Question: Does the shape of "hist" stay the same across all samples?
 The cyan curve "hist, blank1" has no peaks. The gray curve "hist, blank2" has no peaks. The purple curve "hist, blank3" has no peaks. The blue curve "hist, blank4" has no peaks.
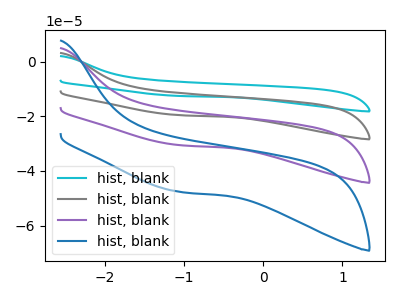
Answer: <think>Neither "hist, blank1" or "hist, blank2" have any peaks. Neither "hist, blank1" or "hist, blank3" have any peaks. Neither "hist, blank1" or "hist, blank4" have any peaks. Neither "hist, blank2" or "hist, blank3" have any peaks. Neither "hist, blank2" or "hist, blank4" have any peaks. Neither "hist, blank3" or "hist, blank4" have any peaks.
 </think>
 <answer>All the CV's of "hist" have similar shape.</answer>
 <eval>follow_rule</eval>